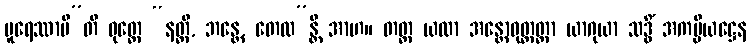
ပူရေဿာမီ”တိ ဝုတ္တေ “နတ္ထိ, ဘန္တေ, တေလ”န္တိ အာဟ။ တတ္ထ ယထာ အန္တောဝုတ္ထတ္တာ ယာဂုယာ သဒ္ဓိံ အကပ္ပိယဋ္ဌေန